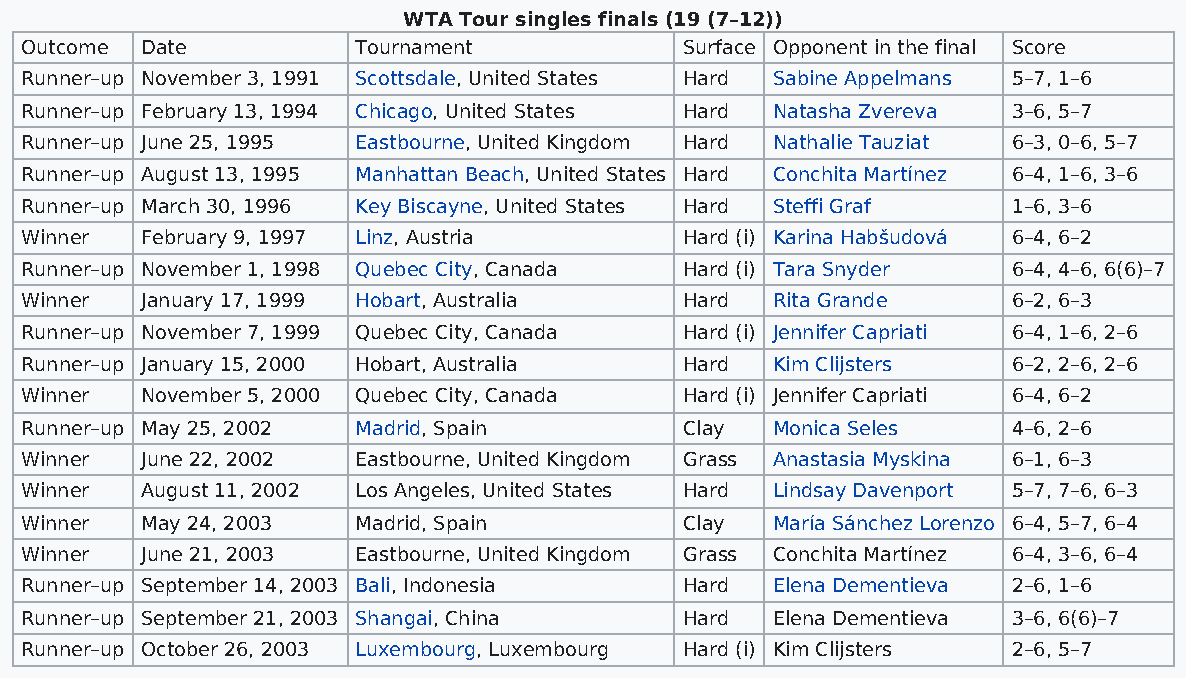
WTA Tour singles finals (19 (7–12))
 Outcome Date           Tournament           Surface Opponent in the final Score
 Runner–up November 3, 1991 Scottsdale, United States Hard Sabine Appelmans 5–7, 1–6
 Runner–up February 13, 1994 Chicago, United States Hard Natasha Zvereva 3–6, 5–7
 Runner–up June 25, 1995 Eastbourne, United Kingdom Hard Nathalie Tauziat 6–3, 0–6, 5–7
 Runner–up August 13, 1995 Manhattan Beach, United States Hard Conchita Martínez 6–4, 1–6, 3–6
 Runner–up March 30, 1996 Key Biscayne, United States Hard Steffi Graf 1–6, 3–6
 Winner  February 9, 1997 Linz, Austria      Hard (i) Karina Habšudová 6–4, 6–2
 Runner–up November 1, 1998 Quebec City, Canada Hard (i) Tara Snyder 6–4, 4–6, 6(6)–7
 Winner  January 17, 1999 Hobart, Australia  Hard  Rita Grande     6–2, 6–3
 Runner–up November 7, 1999 Quebec City, Canada Hard (i) Jennifer Capriati 6–4, 1–6, 2–6
 Runner–up January 15, 2000 Hobart, Australia Hard Kim Clijsters   6–2, 2–6, 2–6
 Winner  November 5, 2000 Quebec City, Canada Hard (i) Jennifer Capriati 6–4, 6–2
 Runner–up May 25, 2002 Madrid, Spain        Clay  Monica Seles    4–6, 2–6
 Winner  June 22, 2002  Eastbourne, United Kingdom Grass Anastasia Myskina 6–1, 6–3
 Winner  August 11, 2002 Los Angeles, United States Hard Lindsay Davenport 5–7, 7–6, 6–3
 Winner  May 24, 2003   Madrid, Spain        Clay  María Sánchez Lorenzo 6–4, 5–7, 6–4
 Winner  June 21, 2003  Eastbourne, United Kingdom Grass Conchita Martínez 6–4, 3–6, 6–4
 Runner–up September 14, 2003 Bali, Indonesia Hard Elena Dementieva 2–6, 1–6
 Runner–up September 21, 2003 Shangai, China Hard  Elena Dementieva 3–6, 6(6)–7
 Runner–up October 26, 2003 Luxembourg, Luxembourg Hard (i) Kim Clijsters 2–6, 5–7